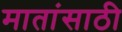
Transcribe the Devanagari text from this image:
मातांसाठी